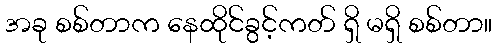
အခု စစ်တာက နေထိုင်ခွင့်ကတ် ရှိ မရှိ စစ်တာ။